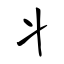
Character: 丬